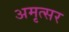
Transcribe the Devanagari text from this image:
अमृत्सर